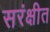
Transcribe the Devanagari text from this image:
सरंक्षीत